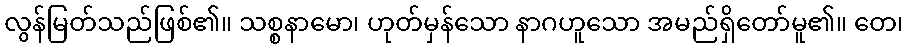
လွန်မြတ်သည်ဖြစ်၏။ သစ္စနာမော၊ ဟုတ်မှန်သော နာဂဟူသော အမည်ရှိတော်မူ၏။ တေ၊